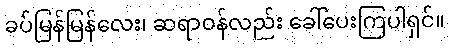
ခပ်မြန်မြန်လေး၊ ဆရာဝန်လည်း ခေါ်ပေးကြပါရှင်။